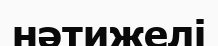
нәтижелі